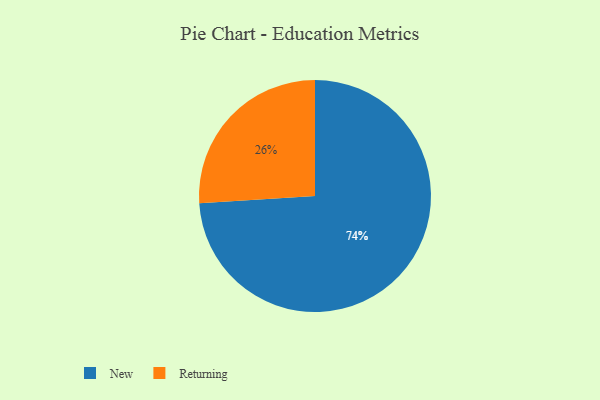
{"axis": {"x": "Category", "y": "Percentage"}, "legend": ["New", "Returning"], "data": [{"x": "New", "y": 74, "type": "New"}, {"x": "Returning", "y": 26, "type": "Returning"}]}